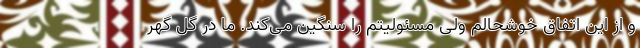
و از این اتفاق خوشحالم ولی مسئولیتم را سنگین می‌کند. ما در گل گهر